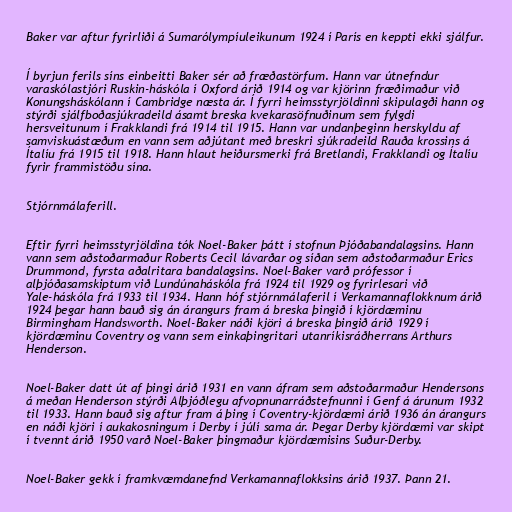
Baker var aftur fyrirliði á Sumarólympíuleikunum 1924 í París en keppti ekki sjálfur.

Í byrjun ferils síns einbeitti Baker sér að fræðastörfum. Hann var útnefndur
varaskólastjóri Ruskin-háskóla í Oxford árið 1914 og var kjörinn fræðimaður við
Konungsháskólann í Cambridge næsta ár. Í fyrri heimsstyrjöldinni skipulagði hann og
stýrði sjálfboðasjúkradeild ásamt breska kvekarasöfnuðinum sem fylgdi
hersveitunum í Frakklandi frá 1914 til 1915. Hann var undanþeginn herskyldu af
samviskuástæðum en vann sem aðjútant með breskri sjúkradeild Rauða krossins á
Ítalíu frá 1915 til 1918. Hann hlaut heiðursmerki frá Bretlandi, Frakklandi og Ítalíu
fyrir frammistöðu sína.

Stjórnmálaferill.

Eftir fyrri heimsstyrjöldina tók Noel-Baker þátt í stofnun Þjóðabandalagsins. Hann
vann sem aðstoðarmaður Roberts Cecil lávarðar og síðan sem aðstoðarmaður Erics
Drummond, fyrsta aðalritara bandalagsins. Noel-Baker varð prófessor í
alþjóðasamskiptum við Lundúnaháskóla frá 1924 til 1929 og fyrirlesari við
Yale-háskóla frá 1933 til 1934. Hann hóf stjórnmálaferil í Verkamannaflokknum árið
1924 þegar hann bauð sig án árangurs fram á breska þingið í kjördæminu
Birmingham Handsworth. Noel-Baker náði kjöri á breska þingið árið 1929 í
kjördæminu Coventry og vann sem einkaþingritari utanríkisráðherrans Arthurs
Henderson.

Noel-Baker datt út af þingi árið 1931 en vann áfram sem aðstoðarmaður Hendersons
á meðan Henderson stýrði Alþjóðlegu afvopnunarráðstefnunni í Genf á árunum 1932
til 1933. Hann bauð sig aftur fram á þing í Coventry-kjördæmi árið 1936 án árangurs
en náði kjöri í aukakosningum í Derby í júlí sama ár. Þegar Derby kjördæmi var skipt
í tvennt árið 1950 varð Noel-Baker þingmaður kjördæmisins Suður-Derby.

Noel-Baker gekk í framkvæmdanefnd Verkamannaflokksins árið 1937. Þann 21.